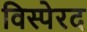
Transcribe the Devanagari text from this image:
विस्पेरद